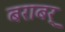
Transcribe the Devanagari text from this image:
बराबर्